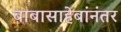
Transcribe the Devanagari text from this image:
बाबासाहेबांनंतर